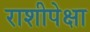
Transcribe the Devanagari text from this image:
राशीपेक्षा